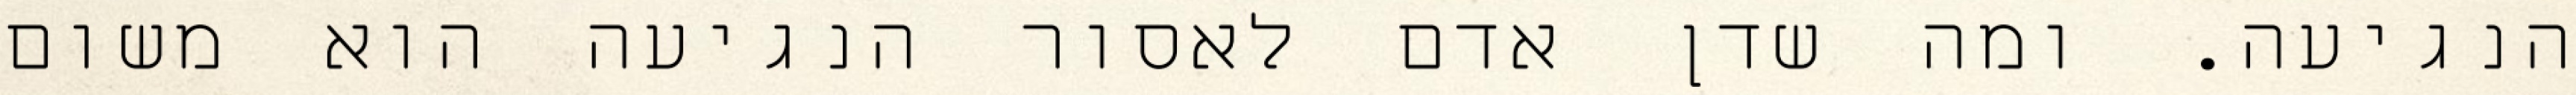
הנגיעה. ומה שדן אדם לאסור הנגיעה הוא משום